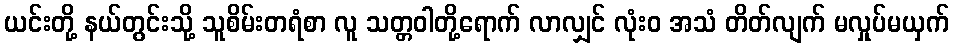
ယင်းတို့ နယ်တွင်းသို့ သူစိမ်းတရံစာ လူ သတ္တဝါတို့ရောက် လာလျှင် လုံးဝ အသံ တိတ်လျက် မလှုပ်မယှက်